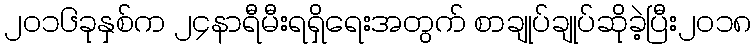
၂၀၁၆ခုနှစ်က ၂၄နာရီမီးရရှိရေးအတွက် စာချုပ်ချုပ်ဆိုခဲ့ပြီး၂၀၁၈